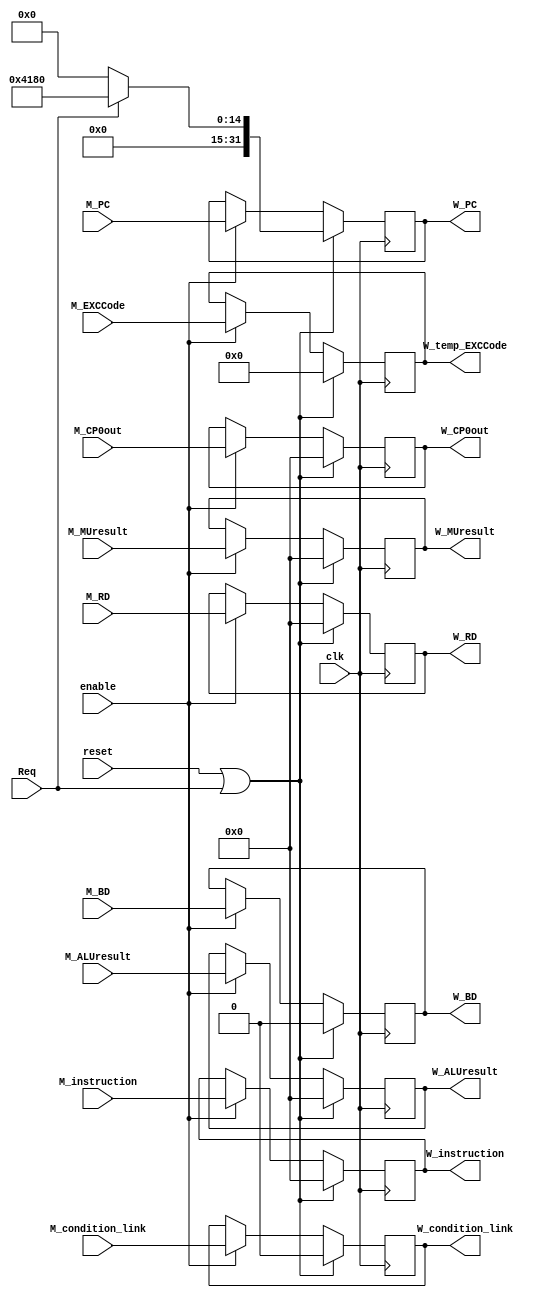
module W_reg(
    input clk,
    input reset,
    input enable,
    input Req,

    input [31:0] M_PC,
    input [31:0] M_instruction,
    input [31:0] M_ALUresult,
    input [31:0] M_RD,
    input [31:0] M_MUresult,
    input M_condition_link,
    input M_BD,
    input [4:0] M_EXCCode,
    input [31:0] M_CP0out,


    output reg [31:0] W_PC,
    output reg [31:0] W_instruction,
    output reg [31:0] W_ALUresult,
    output reg [31:0] W_RD,
    output reg [31:0] W_MUresult,
    output reg W_condition_link,
    output reg W_BD,
    output reg [4:0] W_temp_EXCCode,
    output reg [31:0] W_CP0out
);

    always @(posedge clk) begin
        if (reset || Req) begin
            W_PC <= (Req) ? 32'h0000_4180 : 32'd0;
            W_instruction <= 32'd0;
            W_RD <= 32'd0; 
            W_ALUresult <= 32'd0;
            W_MUresult <= 32'b0;
            W_condition_link <= 1'b0;
            W_BD <= 1'b0;
            W_temp_EXCCode <= 4'b0;
            W_CP0out <= 32'd0; 
        end
        else if (enable) begin
            W_PC <= M_PC;
            W_instruction <= M_instruction;
            W_ALUresult <= M_ALUresult;
            W_RD <= M_RD; 
            W_MUresult <= M_MUresult;
            W_condition_link <= M_condition_link;
            W_BD <= M_BD;
            W_temp_EXCCode <= M_EXCCode;
            W_CP0out <= M_CP0out;
        end    
    end

endmodule